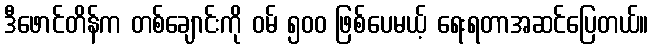
ဒီဖောင်တိန်က တစ်ချောင်းကို ဝမ် ၅၀၀ ဖြစ်ပေမယ့် ရေးရတာအဆင်ပြေတယ်။